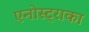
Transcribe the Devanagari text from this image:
एनोस्ट्राका